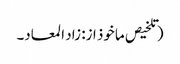
(تلخیص ماخوذ از: زاد المعاد۔